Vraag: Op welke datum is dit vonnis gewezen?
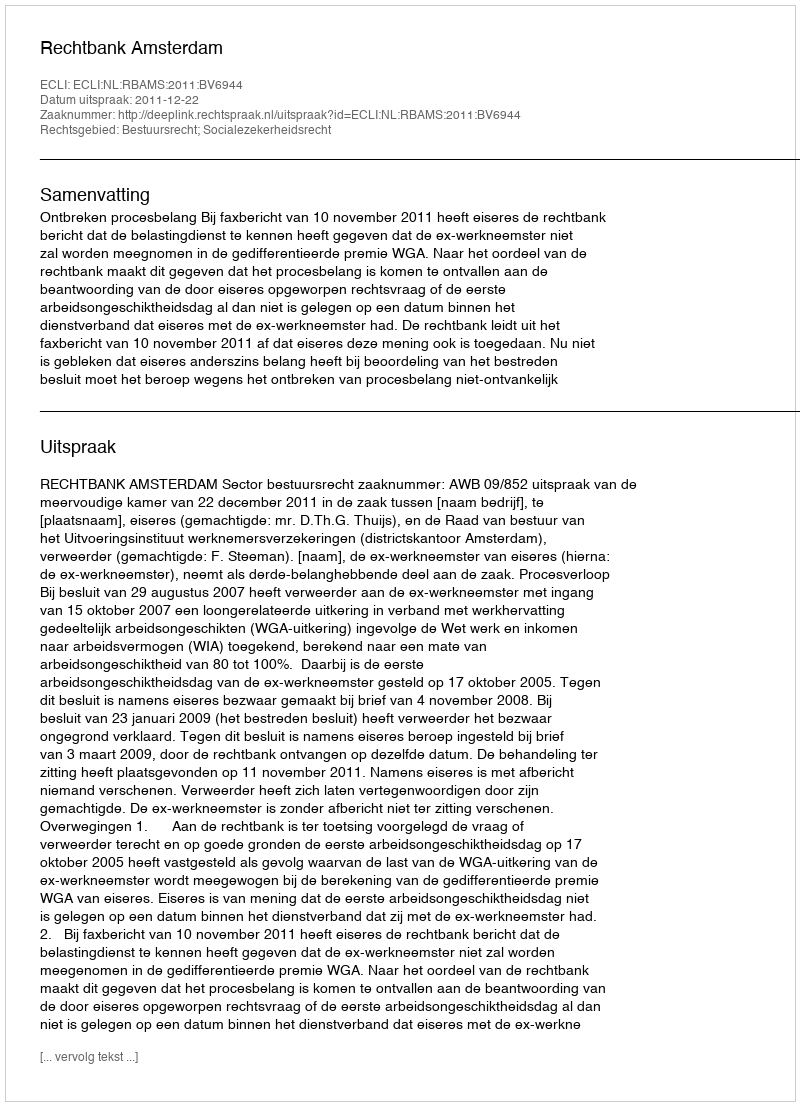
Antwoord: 2011-12-22